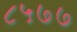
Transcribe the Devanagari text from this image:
८५७७